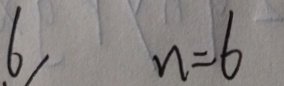
6 n = 6